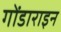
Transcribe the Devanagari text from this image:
गोंडाराइन